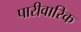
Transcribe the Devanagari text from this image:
पारीवारिक